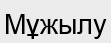
Мұжылу